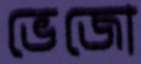
ভেজো